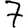
Digit: 7